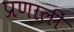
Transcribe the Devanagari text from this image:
प्रणालीं